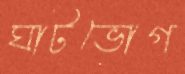
ঘাটভোগ